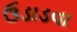
ઉડાડવા